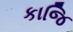
કાજિ